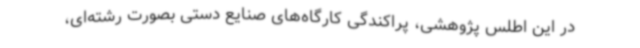
در این اطلس پژوهشی، پراکندگی کارگاه‌های صنایع دستی بصورت رشته‌ای،